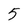
Character: 5